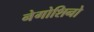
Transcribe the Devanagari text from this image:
नेगोशिनो